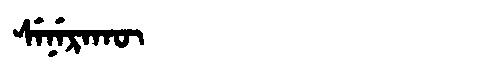
Manchu: ᠰᡝᠨᡝᡵᠠᡴᡡ
Romanization: SENERAKŪ